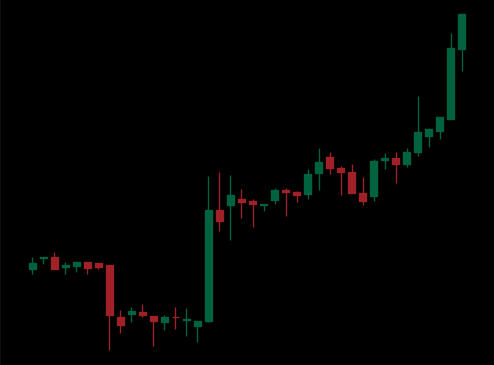
Pattern: unclassified